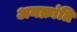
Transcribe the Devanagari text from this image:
अनक्रांति